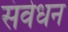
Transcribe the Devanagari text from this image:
संवेधन